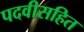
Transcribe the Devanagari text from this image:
पदवीसहित